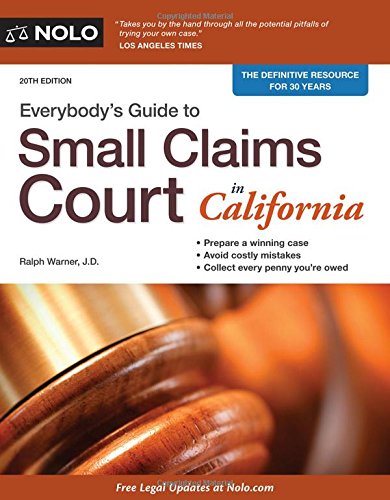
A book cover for Everybody's Guide to Small Claims Court in California (Everybody's Guide to Small Claims Court. California Edition); Ralph Warner Attorney; Law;